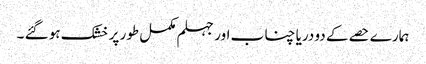
ہمارے حصے کے دو دریا چناب اور جہلم مکمل طور پر خشک ہو گئے ۔